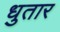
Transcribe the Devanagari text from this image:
धुतार